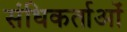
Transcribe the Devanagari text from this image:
संधिकर्ताओं